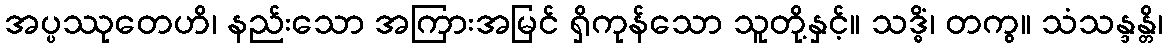
အပ္ပဿုတေဟိ၊ နည်းသော အကြားအမြင် ရှိကုန်သော သူတို့နှင့်။ သဒ္ဓိံ၊ တကွ။ သံသန္ဒန္တိ၊